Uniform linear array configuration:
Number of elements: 32
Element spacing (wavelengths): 0.75
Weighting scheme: kaiser
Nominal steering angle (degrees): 60
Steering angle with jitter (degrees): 61.472
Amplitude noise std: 0.05
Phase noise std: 0.05

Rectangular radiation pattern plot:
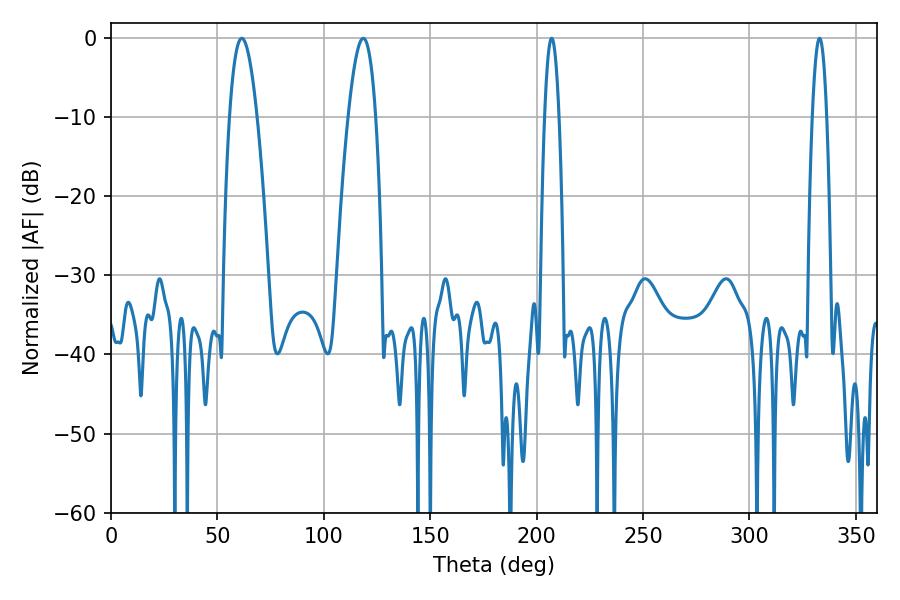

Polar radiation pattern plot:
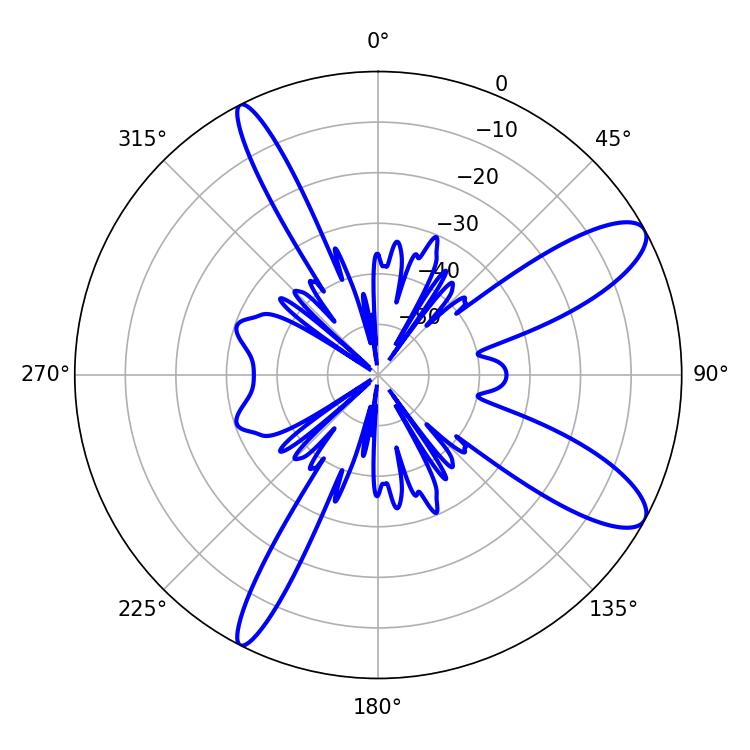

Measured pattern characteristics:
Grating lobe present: TRUE
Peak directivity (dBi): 10.68
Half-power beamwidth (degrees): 7.02
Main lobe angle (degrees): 61.38